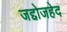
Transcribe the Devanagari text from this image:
जद्दोजहेद